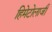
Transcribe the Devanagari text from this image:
हिमेटोलाजी